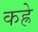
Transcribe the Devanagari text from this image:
कह्रे